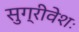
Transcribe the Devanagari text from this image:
सुग्रीवेशः